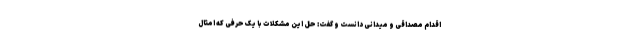
اقدام مصداقی و میدانی دانست و گفت: حل این مشکلات با یک حرفی که امثال